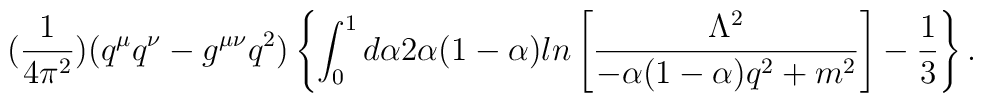
(\frac{1}{4\pi^{2}})(q^{\mu}q^{\nu}-g^{\mu\nu}q^{2})\left\{\int^{1}_{0}d\alpha2\alpha(1-\alpha)ln\left[\frac{\Lambda^{2}}{-\alpha(1-\alpha)q^{2}+m^{2}}\right]-\frac{1}{3}\right\}.